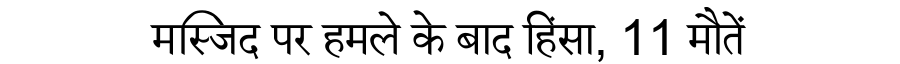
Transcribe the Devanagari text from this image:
मस्जिद पर हमले के बाद हिंसा, 11 मौतें